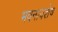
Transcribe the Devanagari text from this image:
भवनावशेष